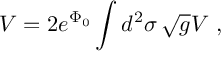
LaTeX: V = 2 e ^ { \Phi _ { 0 } } \int d ^ { 2 } \sigma \, \sqrt { g } { \cal V } \ ,